Lunatic asylums Madras 1877-1891 - 1877-1891
Year: 1877
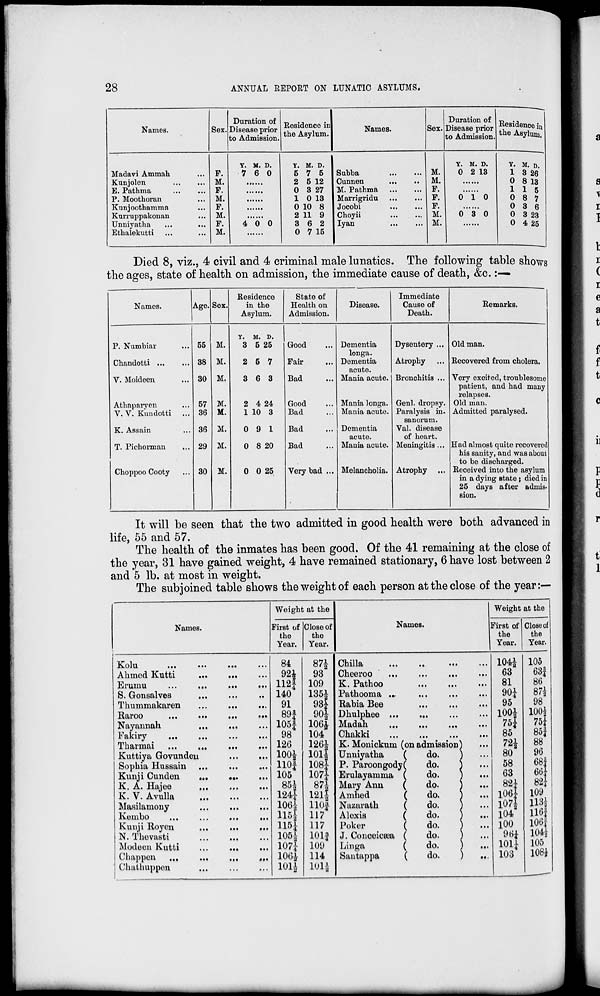
28
ANNUAL REPORT ON LUNATIC ASYLUMS.
Names.
Madavi Ammah ...
Kunjolen ... ...
E. Pathma
...
...
P. Moothoran ...
Kunjoothamma ...
Kurruppakonan ...
Unniyatha ... ...
Ethalekutti ... ...
Sex.
F.
M.
F.
M.
F.
M.
F.
M.
Duration of
Disease prior
to Admission.
Y.
7
M.
6
D.
0
......
......
......
......
......
4 0 0
Residence in
the Asylum.
Y.
5
2
0
1
0
2
3
0
M.
7
5
3
0
10
11
6
7
D.
5
12
27
13
8
9
2
15
Names.
Subba
...
...
Cunnen
...
...
M. Pathma ... ...
Marrigridn ... ...
Jocobi
...
...
Choyii
...
...
Iyan
...
...
Sex.
M.
M.
F.
F.
F.
M.
M.
Duration of
Disease prior
to Admission.
Y.
0
M.
2
D.
13
......
......
0 1 0
......
0 3 0
......
Residence in
the Asylum.
Y.
1
0
1
0
0
0
0
M.
3
8
1
8
3
3
4
D.
26
13
5
7
6
23
25
Died 8, viz., 4 civil and 4 criminal male lunatics. The following table shows
the ages, state of health on admission, the immediate cause of death, &c.:—
Names.
P. Numbiar ...
Chandotti
...
...
V. Moideen ...
Athaparyen ...
V.V. Kundotti ...
K. Assain ...
T. Pichorman ...
Choppoo Cooty ...
Age.
55
38
30
57
36
36
29
30
Sex.
M.
M.
M.
M.
M.
M.
M.
M.
Residence
in the
Asylum.
Y.
3
2
3
2
1
0
0
0
M.
5
5
6
4
10
9
8
0
D.
25
7
3
24
3
1
20
25
State of
Health on
Admission.
Good
Fair
Bad
Good
Bad
Bad
Bad
Very bad ...
Disease.
Dementia
longa.
Dementia
acute.
Mania acute.
Mania longa.
Mania acute.
Dementia
acute.
Mania acute.
Melancholia.
Immediate
Cause of
Death.
Dysentery ...
Atrophy
Bronchitis ...
Genl. dropsy.
Paralysis in-
sanorum.
Val. disease
of heart.
Meningitis...
Atrophy ...
Remarks.
Old man.
Recovered from cholera.
Very excited, troublesome
patient, and had many
relapses.
Old man.
Admitted paralysed.
Had almost quite recovered
his sanity, and was about
to be discharged.
Received into the asylum
in a dying state; died in
25 days after admis-
sion.
It will be seen that the two admitted in good health were both advanced in
life, 55 and 57.
The health of the inmates has been good. Of the 41 remaining at the close of
the year, 31 have gained weight, 4 have remained stationary, 6 have lost between 2
and 5 lb. at most in weight.
The subjoined table shows the weight of each person at the close of the year:—
Names.
Kolu
...
...
...
...
Ahmed Kutti
...
...
...
Erumu ... ... ... ...
S. Gonsalves
...
...
...
Thummakaren
...
...
...
Raroo
...
...
...
...
Nayannah ... ... ...
Fakiry
...
...
...
...
Tharmai ... ... ... ...
Kuttiya
Govunden
...
...
Sophia Hussain
...
...
...
Kunji Cunden
...
...
...
K. A. Hajee
...
...
...
K. V. Avulla
...
...
...
Masilamony ... ... ...
Kembo
...
...
...
...
Kunji Royen
...
...
...
N. Thevasti
...
...
...
Modeen Kutti
...
...
...
Chappen
...
...
...
...
Chathuppen
...
...
...
Weight at the
First of
the
Year.
84
92½
112¾
140
91
89¾
105¾
98
126
100½
110¾
105
85½
124¼
106½
115½
115¼
105½
107¼
106½
101½
Close of
the
Year.
87½
93
109
135½
93¼
90½
106½
104
126½
101½
108¼
107¼
87½
121½
110¾
117
117
101¾
109
114
101½
Names.
Chilla
...
...
...
...
Cheeroo ... ... ... ...
K. Pathoo
...
...
...
Pathooma
...
...
...
...
Rabia Bee
...
...
...
Dhulphee
...
...
...
...
Madah
...
...
...
...
Chakki
...
...
...
...
K. Monickum (on admission) ...
Unniyatha
(
do.
) ...
P.
Paroongody(
do.
) ...
Erulayamma (
do.
) ...
Mary Ann
(
do.
) ...
Amhed
(
do. ) ...
Nazarath
(
do.
) ...
Alexis
(
do.
)
...
Poker
(
do.
) ...
J. Conceicæa (
do.
) ...
Linga
(
do.
) ...
Santappa
(
do.
)
...
Weight at the
First of
the
Year.
104½
63
81
90¼
95
100½
75¼
85
72½
80
58
63
82¼
106¼
107½
104
100
96¼
101¼
103
Close of
the
Year.
105
63¾
86
87½
98
100½
75¼
85¾
88
96
68¾
66¼
82¼
109
113½
116¾
106¾
104½
105
108½